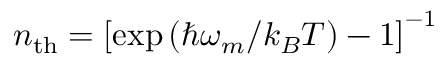
n _ { \mathrm { t h } } = \left[ \exp { ( \hbar \omega _ { m } / k _ { B } T ) } - 1 \right] ^ { - 1 }